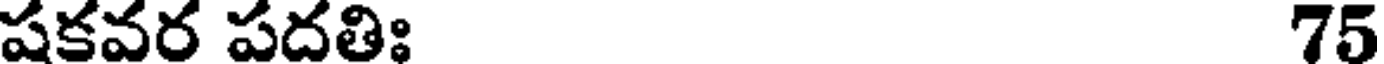
షకవర పదతిః 75